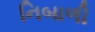
નિબાળી